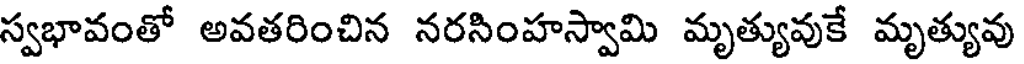
స్వభావంతో అవతరించిన నరసింహస్వామి మృత్యువుకే మృత్యువు